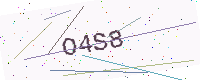
Text: O4S8